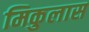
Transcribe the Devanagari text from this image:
मिकुलास